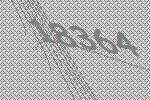
18364